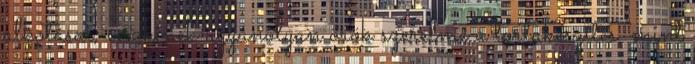
alkotásai, és akinek ugyanolyan örök szerelme a tortakészítés, mint